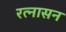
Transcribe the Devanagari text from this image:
रत्नासन